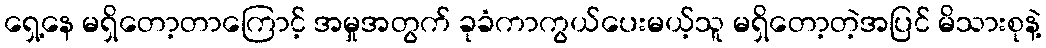
ရှေ့နေ မရှိတော့တာကြောင့် အမှုအတွက် ခုခံကာကွယ်ပေးမယ့်သူ မရှိတော့တဲ့အပြင် မိသားစုနဲ့